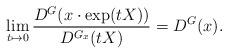
LaTeX: \begin{align*}\lim_{t\mapsto 0}\frac{D^G(x\cdot \exp(tX))}{D^{G_x}(tX)} = D^G(x).\end{align*}